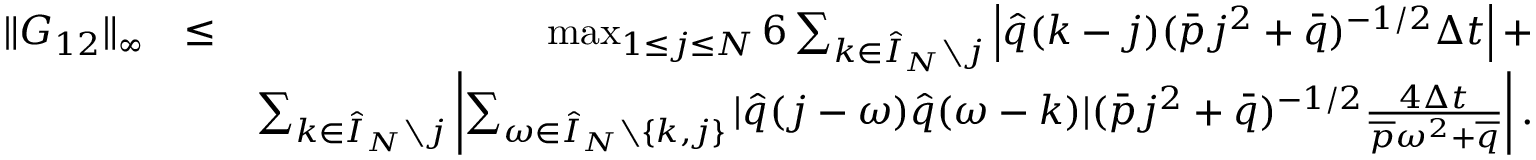
\begin{array} { r l r } { \| G _ { 1 2 } \| _ { \infty } } & { \leq } & { \operatorname* { m a x } _ { 1 \leq j \leq N } 6 \sum _ { k \in \hat { I } _ { N } \setminus j } \left| \hat { q } ( k - j ) ( \bar { p } j ^ { 2 } + \bar { q } ) ^ { - 1 / 2 } \Delta t \right| + } \\ & { } & { \sum _ { k \in \hat { I } _ { N } \setminus j } \left| \sum _ { \omega \in \hat { I } _ { N } \setminus \{ k , j \} } | \hat { q } ( j - \omega ) \hat { q } ( \omega - k ) | ( \bar { p } j ^ { 2 } + \bar { q } ) ^ { - 1 / 2 } \frac { 4 \Delta t } { \overline { { p } } \omega ^ { 2 } + \overline { { q } } } \right| . } \end{array}